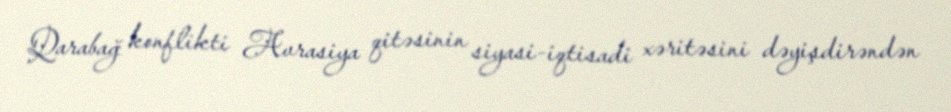
Qarabağ konflikti Avrasiya qitəsinin siyasi-iqtisadi xəritəsini dəyişdirəndən